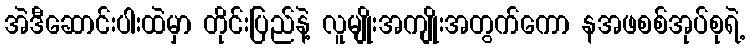
အဲဒီဆောင်းပါးထဲမှာ တိုင်းပြည်နဲ့ လူမျိုးအကျိုးအတွက်ကော နအဖစစ်အုပ်စုရဲ့